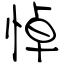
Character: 悼